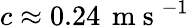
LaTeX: c\approx 0.24\, \mathrm{~m~s~}^{-1}